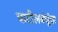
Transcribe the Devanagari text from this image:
पाटीलबंधूंचा